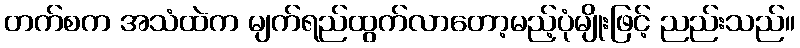
တက်စက အသံထဲက မျက်ရည်ထွက်လာတော့မည့်ပုံမျိုးဖြင့် ညည်းသည်။